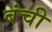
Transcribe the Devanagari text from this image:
बंची